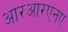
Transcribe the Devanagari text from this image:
आरआरएनए